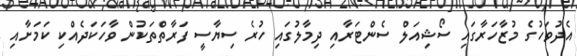
އެދުވަހުގެ މުޒާހަރާގައި ސޯޝިއަލް ސެންޓަރާއި ދިމާލުގައި ހުރެ ސިޔާސީ ފަރާތްތަކުން ވާހަކަދެއްކި ކަމަށާއި